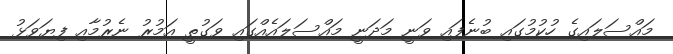
މައްސަލައިގެ ހުކުމުގައި ބުނެފައި ވަނީ މަދަނީ މައްސަލައެއްގައި ވަގުތީ އަމުރު ނެރުމާއި ފިޔަވަޅު